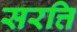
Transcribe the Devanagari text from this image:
सरत्ति